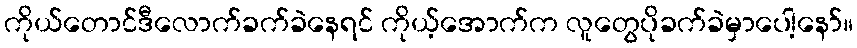
ကိုယ်တောင်ဒီလောက်ခက်ခဲနေရင် ကိုယ့်အောက်က လူတွေပိုခက်ခဲမှာပေါ့နော်။